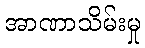
အာဏာသိမ်းမှု